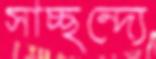
সাচ্ছন্দ্যে